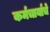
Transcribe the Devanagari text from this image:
कर्मचार्यांचे